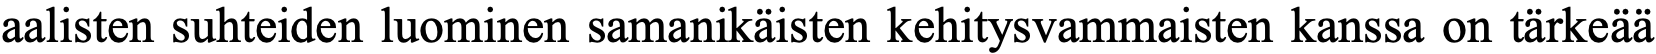
aalisten suhteiden luominen samanikäisten kehitysvammaisten kanssa on tärkeää